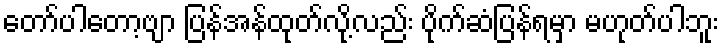
တော်ပါတော့ဗျာ ပြန်အန်ထုတ်လို့လည်း ပိုက်ဆံပြန်ရမှာ မဟုတ်ပါဘူး